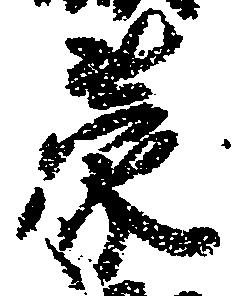
蒙